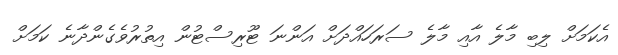
އެކަމަށް ލިބި މާލެ އާއި މާލެ ސަރަހައްދަށް އަންނަ ޓޫރިސްޓުން އިތުރުވެގެންދާނެ ކަމަށް